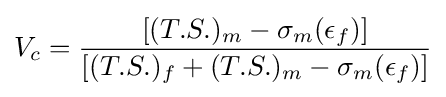
V_{c}={\frac {[(T.S.)_{m}-\sigma _{m}(\epsilon _{f})]}{[(T.S.)_{f}+(T.S.)_{m}-\sigma _{m}(\epsilon _{f})]}}